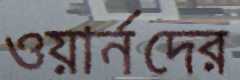
ওয়ার্নদের